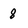
Character: 8